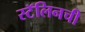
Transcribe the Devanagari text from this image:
स्टॅलिनची